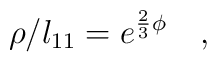
\rho/l_{11} =e^{\frac{2}{3}\phi} \quad ,